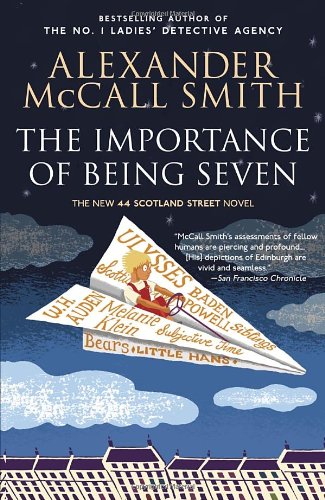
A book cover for The Importance of Being Seven (44 Scotland Street Series); Alexander McCall Smith; Literature & Fiction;